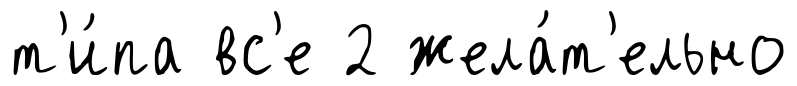
т'и́па вс'е 2 жела́т'ельно